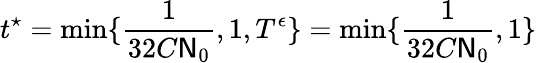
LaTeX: t^{\star}=\displaystyle\operatorname*{min}\{ \frac{1}{32C\mathsf{N}_{0}},1,T^{\epsilon}\} =\displaystyle\operatorname*{min}\{ \frac{1}{32C\mathsf{N}_{0}},1\}